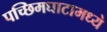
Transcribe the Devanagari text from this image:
पच्छिमघाटामध्ये